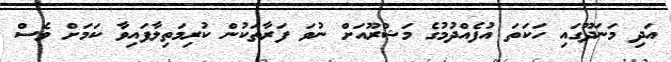
އަދި މަނަދޫގައި ހަކަތަ އުފެއްދުމުގެ މަޝްރޫއަށް ނުވަ ފަރާތަކުން ކުރިމަތިލާފައިވާ ކަމަށް ވެސް